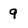
Character: 9